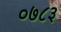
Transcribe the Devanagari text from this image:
०७८३